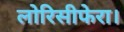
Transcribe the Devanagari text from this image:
लोरिसीफेरा।